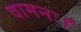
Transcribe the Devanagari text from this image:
वामनः।